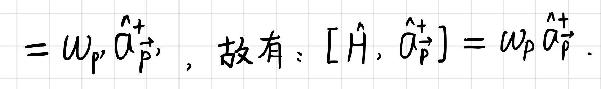
$= \omega_{\vec{p}} \hat{a}_{\vec{p}}^{+} , \text{ 故有: } [\hat{H}, \hat{a}_{\vec{p}}^{+}] = \omega_{\vec{p}} \hat{a}_{\vec{p}}^{+} .$